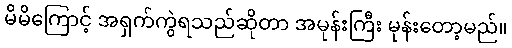
မိမိကြောင့် အရှက်ကွဲရသည်ဆိုတာ အမုန်းကြီး မုန်းတော့မည်။